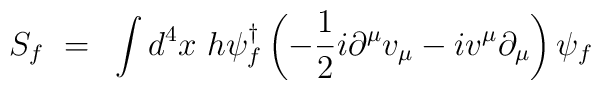
S_f ~=~\int d^4 x~h \psi_f^{\dagger} \left( - \frac{1}{2} i \partial^{\mu} v_{\mu}- iv^{\mu} \partial_{\mu} \right) \psi_f